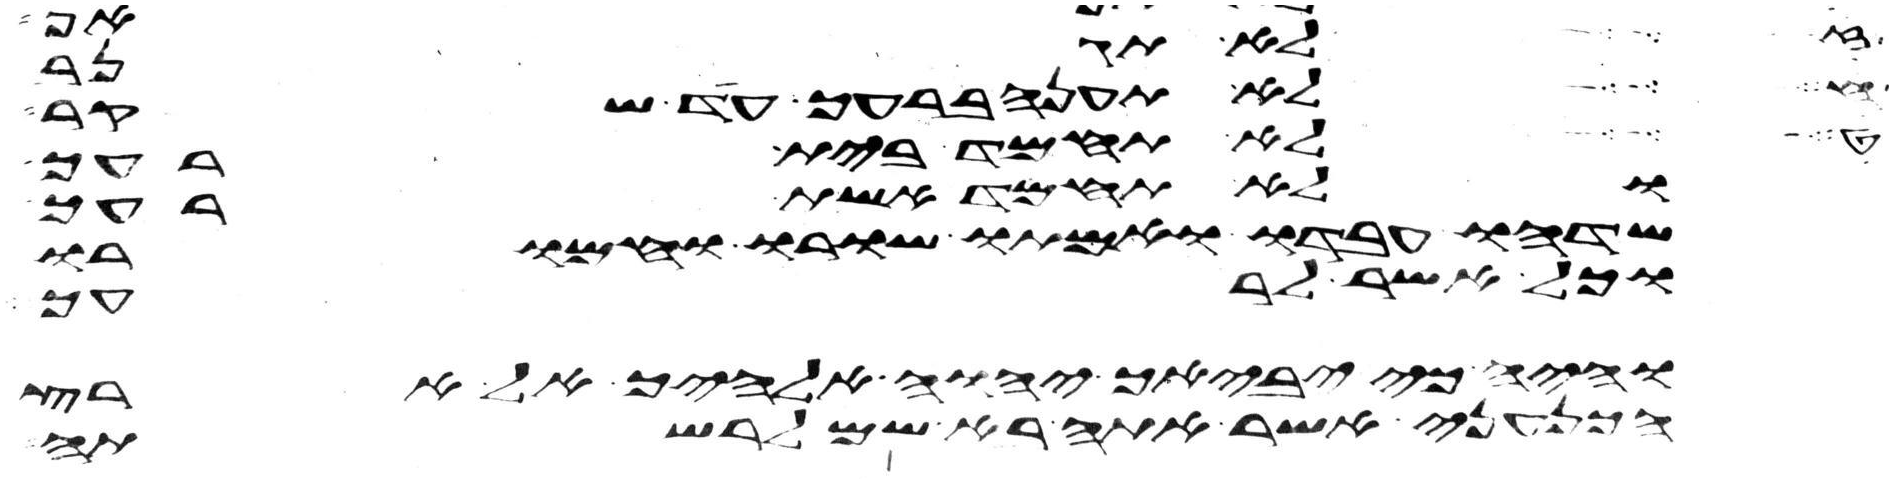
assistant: לא תגנב
לא תענה ברעך עד שקר
לא תחמד בית רעך
ולא תחמד אשת רעך
שדהו עבדו ואמתו שורו וחמורו
וכל אשר לרעך
והיה כי יביאך יהוה אלהיך אל ארץ
הכנעני אשר אתה בא שמה לרשתה